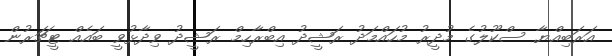
އަރަބިއްޔާ ސްކޫލުގެ މުދީރު މުހައްމަދު ރަޝީދު އިބްރާހިމް ރަޝީދު ވިދާޅުވީ ބައެއް ޓީޗަރުން